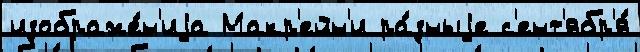
изображе́н'иjа Макр'ейн'и ра́зныjе с'ент'ябр'я́